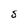
Character: S